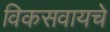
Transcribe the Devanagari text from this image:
विकसवायचे